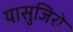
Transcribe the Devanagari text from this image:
यासुजिरो